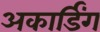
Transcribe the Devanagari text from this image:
अकार्डिंग